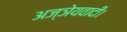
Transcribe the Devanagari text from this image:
अज्ञेयवादी।